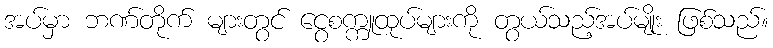
အပ်မှာ ဘဏ်တိုက် များတွင် ငွေစက္ကူထုပ်များကို တွယ်သည့်အပ်မျိုး ဖြစ်သည်။